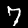
Digit: 7